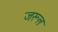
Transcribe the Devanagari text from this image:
जरूल